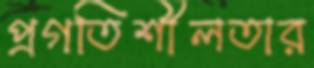
প্রগতিশীলতার